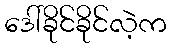
ဒေါ်ခိုင်ခိုင်လဲ့က